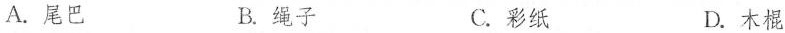
A.尾巴 B.绳子 C.彩纸 D.木棍